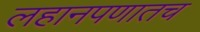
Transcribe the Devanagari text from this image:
लहानपणातच